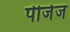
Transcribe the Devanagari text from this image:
पीजेज